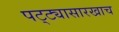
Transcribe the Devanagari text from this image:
पट्ट्यासारखाच